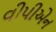
વીપીએન